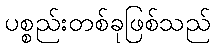
ပစ္စည်းတစ်ခုဖြစ်သည်